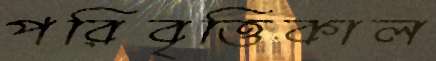
পরিবৃত্তিকাল